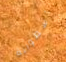
أسطوانة